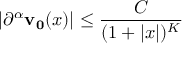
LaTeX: \vert \partial ^ { \alpha } \mathbf { v _ { 0 } } ( x ) \vert \leq { \frac { C } { ( 1 + \vert x \vert ) ^ { K } } } \qquad